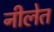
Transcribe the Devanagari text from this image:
नीलेत